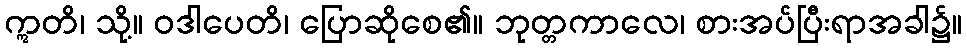
ဣတိ၊ သို့။ ဝဒါပေတိ၊ ပြောဆိုစေ၏။ ဘုတ္တကာလေ၊ စားအပ်ပြီးရာအခါ၌။